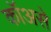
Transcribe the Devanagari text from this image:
कॉअसे